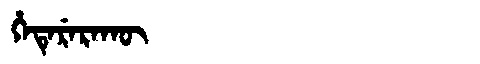
Manchu: ᡥᡝᡨᡝᡵᡝᡵᠠᡴᡡ
Romanization: HETERERAKŪ